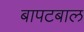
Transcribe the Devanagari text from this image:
बापटबाल